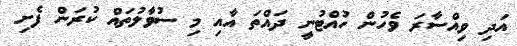
އަދި ވިއްސާރަ ވެހުން ހުއްޓުނީ ދައްތަ އާއި މި ސުވާލުތައް ކުރަން ފެށި